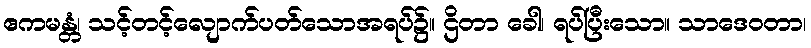
ဧကမန္တံ၊ သင့်တင့်လျောက်ပတ်သောအရပ်၌။ ဌိတာ ခေါ၊ ရပ်ပြီးသော။ သာဒေဝတာ၊